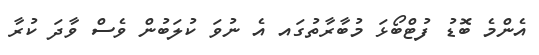
އެންމެ ބޮޑު ފުޓްބޯޅަ މުބާރާތުގައ އެ ނުވަ ކުލަބުން ވެސް ވާދަ ކުރާ